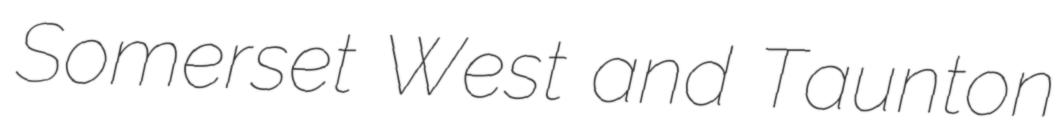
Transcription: Somerset West and Taunton